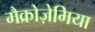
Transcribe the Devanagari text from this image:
मैक्रोज़ेमिया